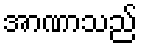
အာဏာသည်